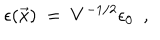
\epsilon ( \vec { x } ) ~ = ~ V ^ { - 1 / 2 } \epsilon _ { 0 } \ \ ,